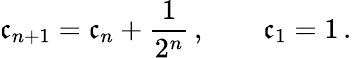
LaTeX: \mathfrak{c}_{n+1}=\mathfrak{c}_{n}+\frac{{1}}{{2^{n}}}\, ,\qquad\mathfrak{c}_{1}=1\, .